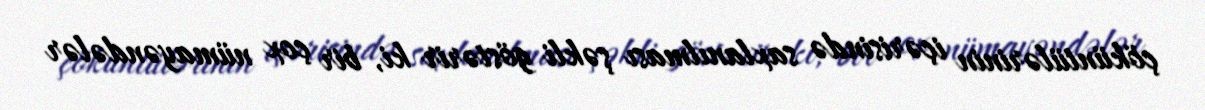
çöküntülərinin içərisində saxlanılması şəkli göstərir ki, bir çox nümayəndələr